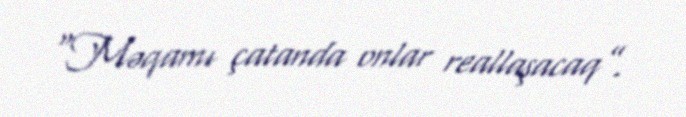
“Məqamı çatanda onlar reallaşacaq”.